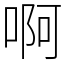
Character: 啊